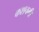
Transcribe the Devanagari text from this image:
कशचमी